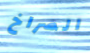
الصراخ